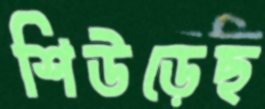
শিউড়েছ